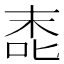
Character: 唜